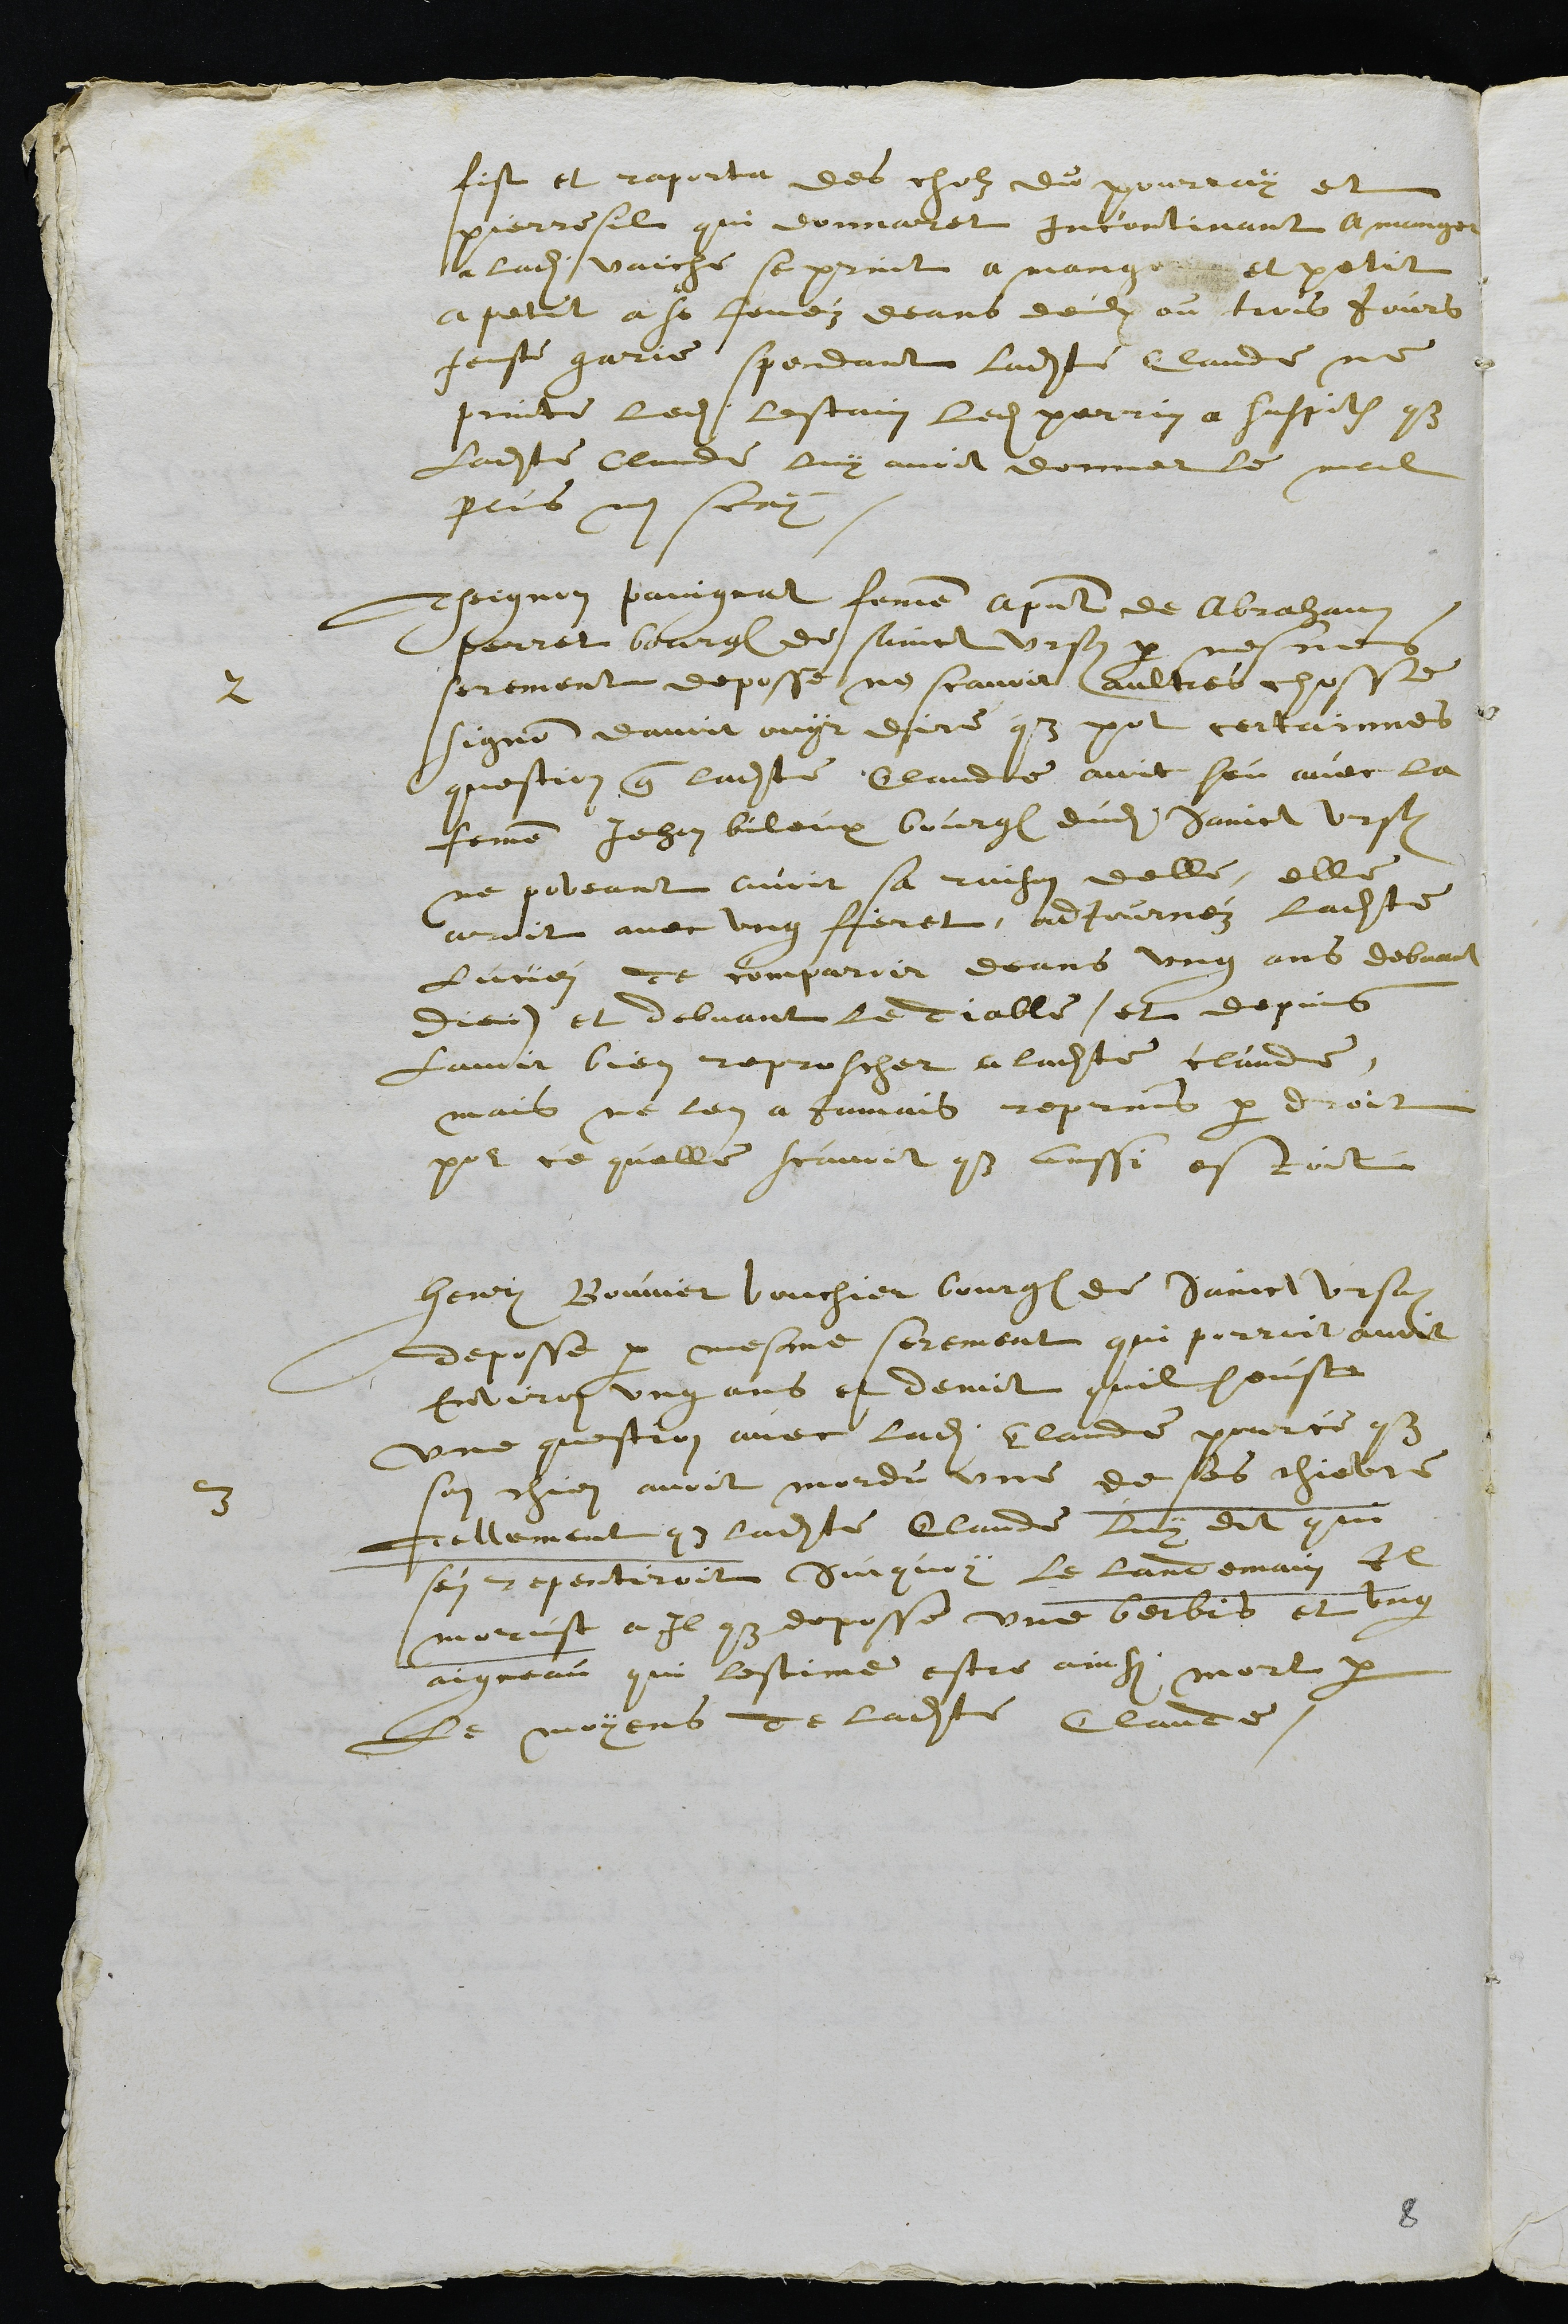
fist et raporta des cholz du pourray et
pierresil qui donnaret incontinant a manger
a ladite vaiche se print a mange et petit
a petit a se levéz deans deulx ou trois jours
feuste garie spendant ladite Claude ne
printe ledit lestain ledit perrin a suspition que
ladite Claude luy avoit donner le mal
plus nen scay
2
Theignon pavignat femme a present de Abraham
perret bourgeois de Sainct Ursanne par mesmes
serement deposse ne scavoir aultres chosse
signon davoir ouyr dire que pour certainnes
question que ladite Claude avoit heu avec la
femme Jehan bileux bourgeois dudit Sainct Ursanne
ne poveant avoir sa raison delle, elle
avoit avec ung fieret adjournéz ladite
Luciei de comparoir deans ung ans debvant
dieu (et debvant le diable) et depuis
lavoit bien reproscher a ladite Claude,
mais ne len a jamais reprins par droit
pour ce quelle scavoit que aussi estoit
3
Henry Bouvier bouchier bourgeois de Sainct Ursanne
deposse par mesme serement qui porroit avoir
environ ung ans et demit quil heuste
une question avec ladite Claude pource que
son chien avoit mordu une de ses chievre
Tellement que ladite Claude luy dit qui
sen repentiroit Surquoy le landemain Il
morust a Il que deposse une berbis et ung
aigneau qui lestime estre ainsi mort par
le moyens de ladite Claude.

8